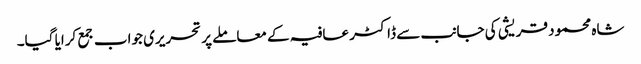
شاہ محمود قریشی کی جانب سے ڈاکٹر عافیہ کے معاملے پر تحریری جواب جمع کرایا گیا۔